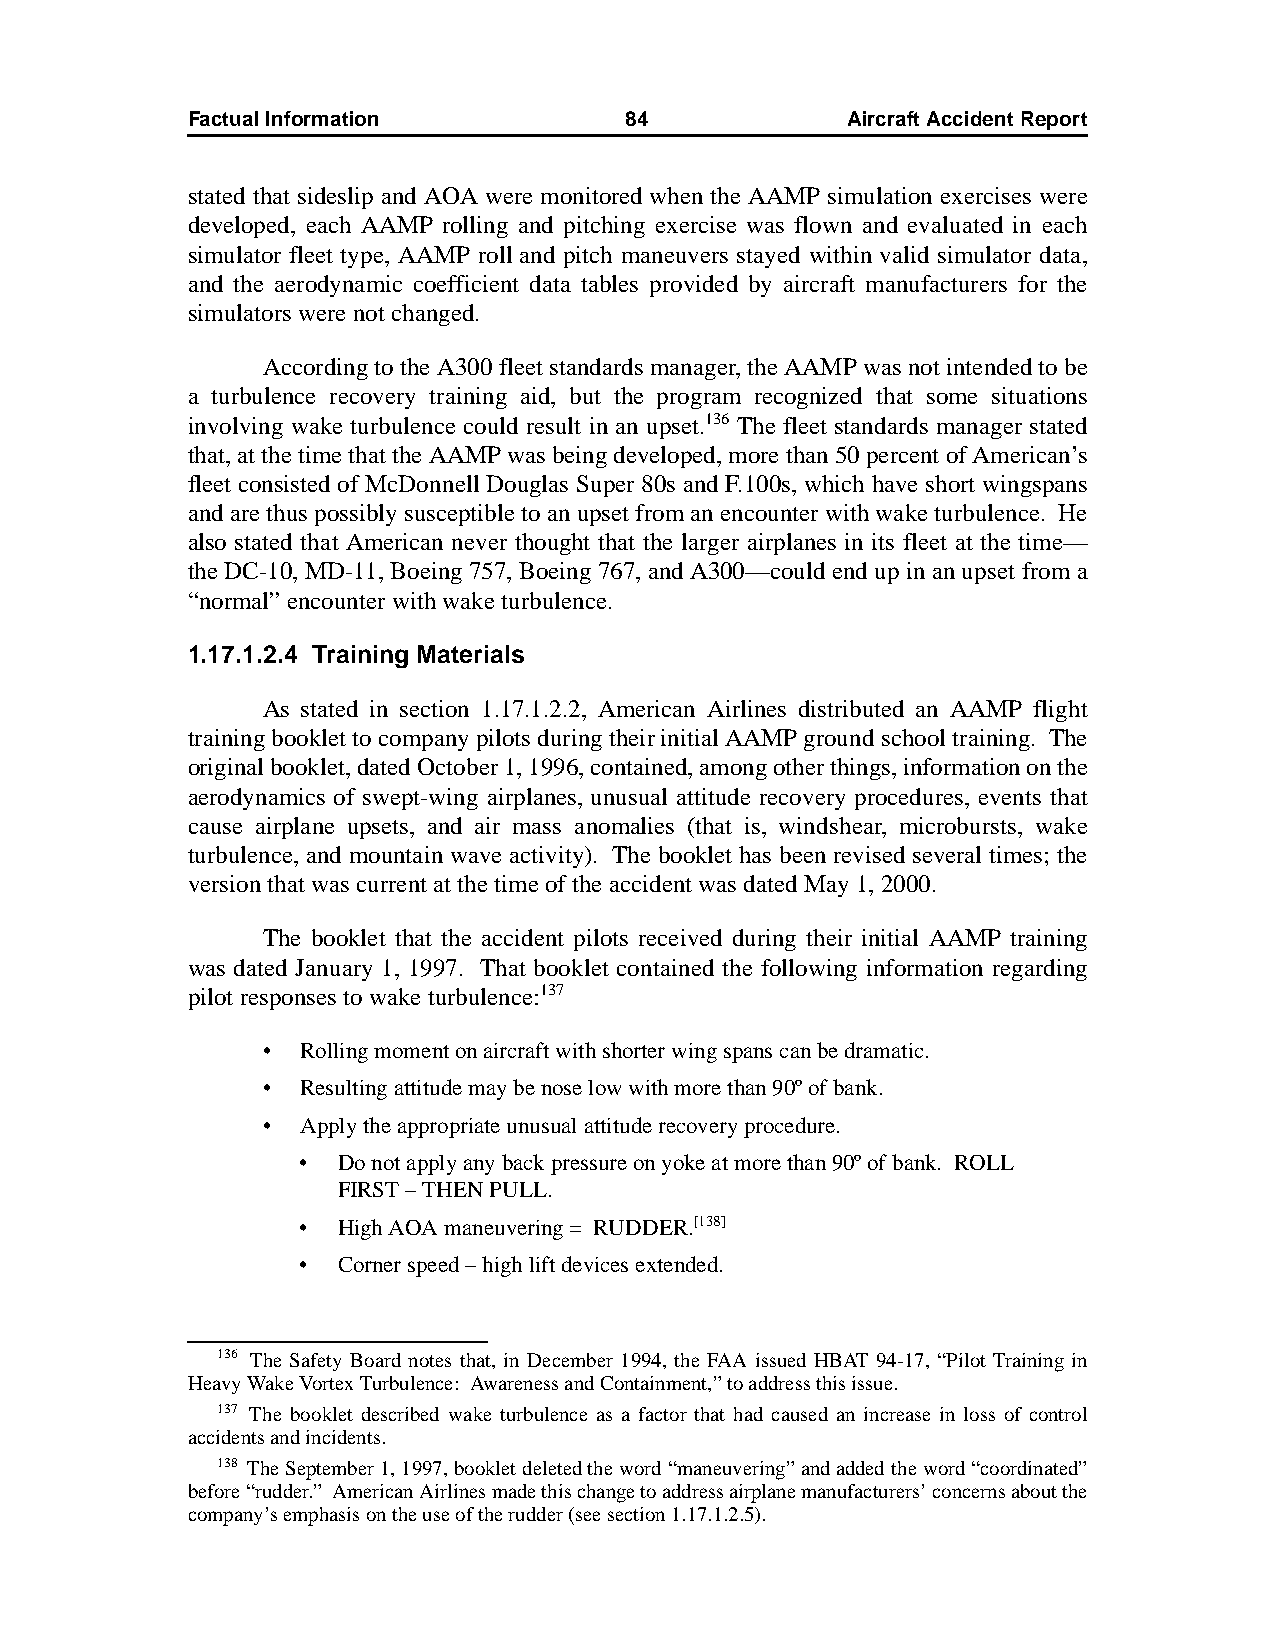
Factual Information          84             AircraftAccidentReport
 stated that sideslip and AOA were monitored when the AAMP simulation exercises were
 developed, each AAMP rolling and pitching exercise was flown and evaluated in each
 simulator fleet type, AAMP roll and pitch maneuvers stayed within valid simulator data,
 and the aerodynamic coefficient data tables provided by aircraft manufacturers for the
 simulators were not changed.
 According to the A300 fleet standards manager, the AAMP was not intended to be
 a turbulence recovery training aid, but the program recognized that some situations
 involving wake turbulence could result in an upset.136 The fleet standards manager stated
 that, at the time that the AAMP was being developed, more than 50 percent of American’s
 fleet consisted of McDonnell Douglas Super 80s and F.100s, which have short wingspans
 and are thus possibly susceptible to an upset from an encounter with wake turbulence. He
 also stated that American never thought that the larger airplanes in its fleet at the time—
 the DC-10, MD-11, Boeing 757, Boeing 767, and A300—could end up in an upset from a
 “normal” encounter with wake turbulence.
 1.17.1.2.4 Training Materials
 As stated in section 1.17.1.2.2, American Airlines distributed an AAMP flight
 training booklet to company pilots during their initial AAMP ground school training. The
 original booklet, dated October 1, 1996, contained, among other things, information on the
 aerodynamics of swept-wing airplanes, unusual attitude recovery procedures, events that
 cause airplane upsets, and air mass anomalies (that is, windshear, microbursts, wake
 turbulence, and mountain wave activity). The booklet has been revised several times; the
 version that was current at the time of the accident was dated May 1, 2000.
 The booklet that the accident pilots received during their initial AAMP training
 was dated January 1, 1997. That booklet contained the following information regarding
 pilot responses to wake turbulence:137
 •  Rolling moment on aircraft with shorter wing spans can be dramatic.
 •  Resulting attitude may be nose low with more than 90º of bank.
 •  Apply the appropriate unusual attitude recovery procedure.
 • Do not apply any back pressure on yoke at more than 90º of bank. ROLL
 FIRST – THEN PULL.
 • High AOA maneuvering = RUDDER.[138]
 • Corner speed – high lift devices extended.
 136 The Safety Board notes that, in December 1994, the FAA issued HBAT 94-17, “Pilot Training in
 Heavy Wake Vortex Turbulence: Awareness and Containment,” to address this issue.
 137 The booklet described wake turbulence as a factor that had caused an increase in loss of control
 accidents and incidents.
 138 The September 1, 1997, booklet deleted the word “maneuvering” and added the word “coordinated”
 before “rudder.” American Airlines made this change to address airplane manufacturers’ concerns about the
 company’s emphasis on the use of the rudder (see section 1.17.1.2.5).